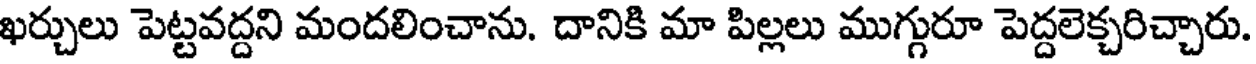
ఖర్చులు పెట్టవద్దని మందలించాను. దానికి మా పిల్లలు ముగ్గురూ పెద్దలెక్చరిచ్చారు.